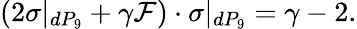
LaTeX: (2\sigma|_{dP_{9}}+\gamma\mathcal{F})\cdot\sigma|_{dP_{9}}=\gamma-2.